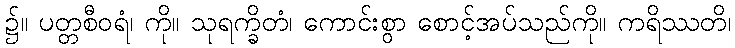
၌။ ပတ္တစီဝရံ၊ ကို။ သုရက္ခိတံ၊ ကောင်းစွာ စောင့်အပ်သည်ကို။ ကရိဿတိ၊